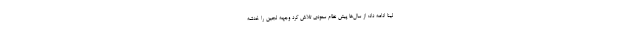
لینا ادامه داد: از سال‌ها پیش نظام سعودی تلاش کرد وجهه لجین را خدشه